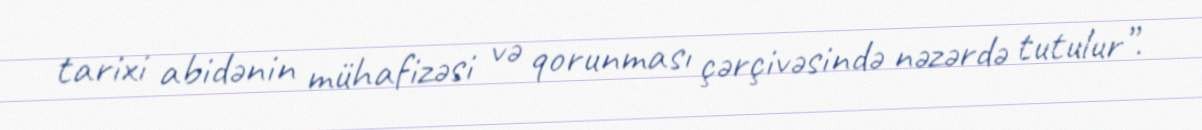
tarixi abidənin mühafizəsi və qorunması çərçivəsində nəzərdə tutulur”.